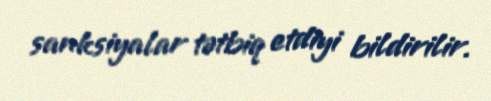
sanksiyalar tətbiq etdiyi bildirilir.